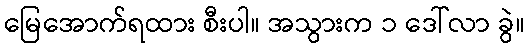
မြေအောက်ရထား စီးပါ။ အသွားက ၁ ဒေါ်လာ ခွဲ။